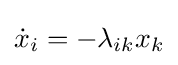
{\dot {x}}_{i}=-\lambda _{ik}x_{k}